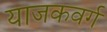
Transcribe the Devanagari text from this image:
याजकवर्ग